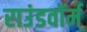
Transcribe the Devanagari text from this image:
राउंडवॉर्म